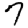
Digit: 7